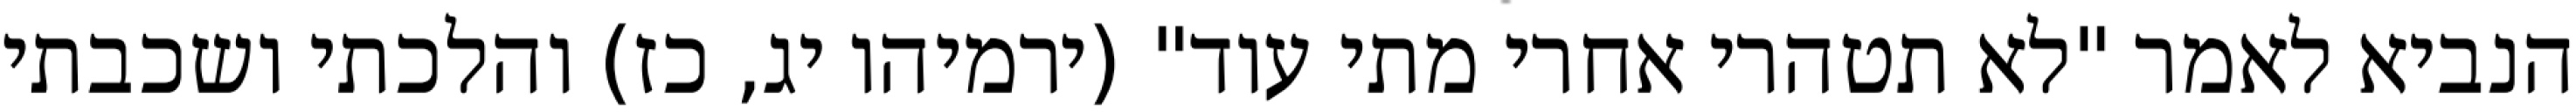
הנביא לאמר "לא תטהרי אחרי מתי עוד" (ירמיהו יג, כז) והלכתי ושכבתי